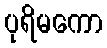
ပုရိမကော